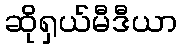
ဆိုရှယ်မီဒီယာ